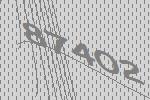
87402